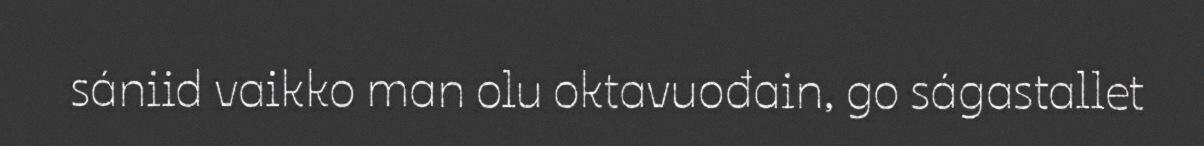
sániid vaikko man olu oktavuođain, go ságastallet